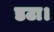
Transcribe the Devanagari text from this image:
डटा।